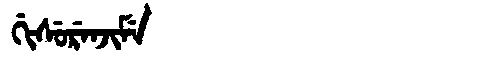
Manchu: ᡤᡳᠰᡠᡵᡝᠨᠵᡳᠮᡝ
Romanization: GISURENJIME